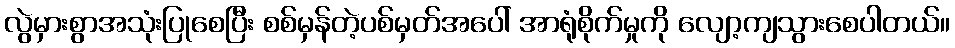
လွဲမှားစွာအသုံးပြုစေပြီး စစ်မှန်တဲ့ပစ်မှတ်အပေါ် အာရုံစိုက်မှုကို လျော့ကျသွားစေပါတယ်။